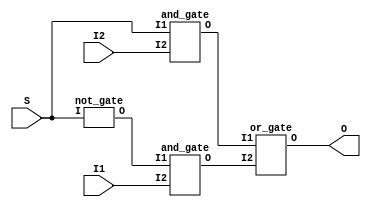
module mux(O,S,I1,I2);
  input S,I1,I2;
  output O;
  wire x,y,z;
  and_gate and1(S,I2,x);
  not_gate or1(S,y);
  and_gate a3(y,I1,z);
  or_gate a4(x,z,O);
endmodule

module and_gate(I1,I2,O);
	input I1,I2;
	output O;
        wire W;
	nand(W,I1,I2);
        nand(O,W,W);
endmodule

module or_gate(I1,I2,O);
	input I1,I2;
	output O;
        wire W1,W2;
	nand(W1,I1,I1);
        nand(W2,I2,I2);
        nand(W2,I2,I2);
	nand(O,W1,W2);
endmodule

module not_gate(I,O);
	input I;
	output O;
	nand(O,I,I);
endmodule